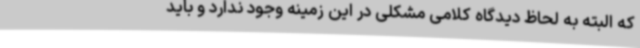
که البته به لحاظ دیدگاه کلامی مشکلی در این زمینه وجود ندارد و باید